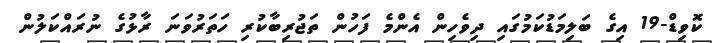
ކޮވިޑް-19 އިގެ ބަލިމަޑުކަމުގައި ދިވެހިން އެންމެ ފަހުން ތަޖުރިބާކުރި ހަތަރުވަނަ ރާޅުގެ ނުރައްކަލުން